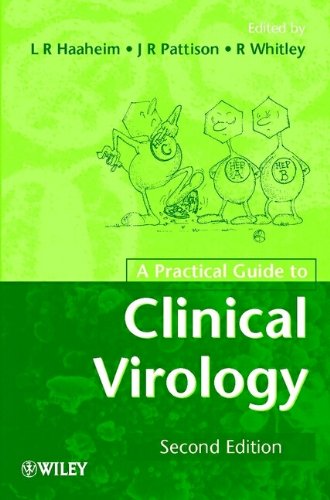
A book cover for A Practical Guide to Clinical Virology; Medical Books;